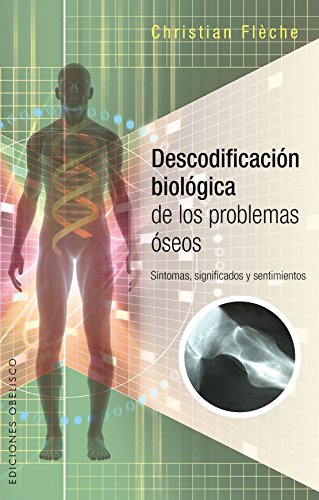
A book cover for Descodificacion biologica de los problemas oseos (Spanish Edition); Christian  FlÃ¨che; Health, Fitness & Dieting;